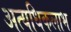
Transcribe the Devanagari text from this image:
अत्यधिकलाभ